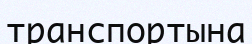
транспортына